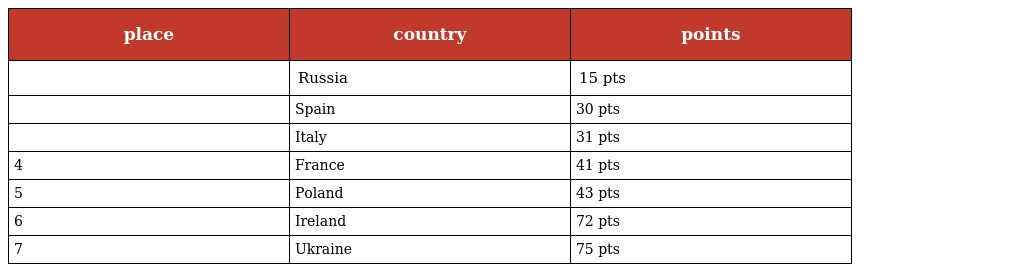
| place | country | points |
 | --- | --- | --- |
 |  | Russia | 15 pts |
 |  | Spain | 30 pts |
 |  | Italy | 31 pts |
 | 4 | France | 41 pts |
 | 5 | Poland | 43 pts |
 | 6 | Ireland | 72 pts |
 | 7 | Ukraine | 75 pts |